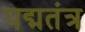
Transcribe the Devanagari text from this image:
पद्मतंत्र